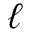
\ell